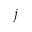
j